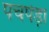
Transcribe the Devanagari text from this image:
पचपेड़ा